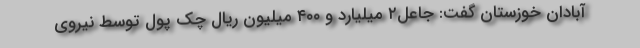
آبادان خوزستان گفت: جاعل۲ میلیارد و ۴۰۰ میلیون ریال چک پول توسط نیروی